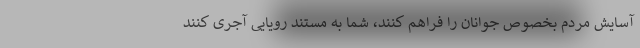
آسایش مردم بخصوص جوانان را فراهم کنند، شما به مستند رویایی آجری کنند